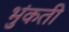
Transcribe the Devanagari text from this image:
भुंकती